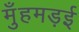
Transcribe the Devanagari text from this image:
मुँहमड़ई